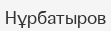
Нұрбатыров